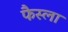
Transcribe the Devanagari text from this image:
फैस्ला